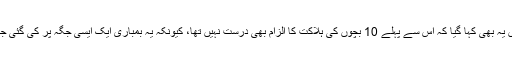
الزامات کی تردید کے لئے جاری کئے گئے بیان میں یہ بھی کہا گیا کہ اس سے پہلے 10 بچوں کی ہلاکت کا الزام بھی درست نہیں تھا، کیونکہ یہ بمباری ایک ایسی جگہ پر کی گئی جہاں باغی اپنے جنگجوﺅں کو ٹریننگ دے رہے تھے۔